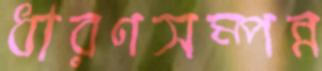
ধারণসম্পন্ন